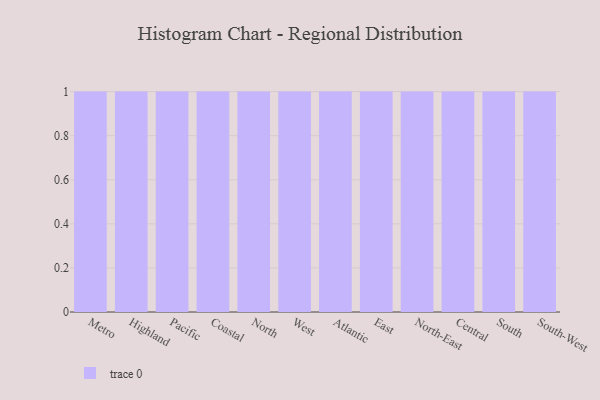
{"axis": {"x": "Region", "y": "Satisfaction Score"}, "legend": [""], "data": [{"x": "Metro", "y": 66, "type": ""}, {"x": "Highland", "y": 62, "type": ""}, {"x": "Pacific", "y": 73, "type": ""}, {"x": "Coastal", "y": 35, "type": ""}, {"x": "North", "y": 62, "type": ""}, {"x": "West", "y": 11, "type": ""}, {"x": "Atlantic", "y": 80, "type": ""}, {"x": "East", "y": 80, "type": ""}, {"x": "North-East", "y": 17, "type": ""}, {"x": "Central", "y": 65, "type": ""}, {"x": "South", "y": 90, "type": ""}, {"x": "South-West", "y": 37, "type": ""}]}